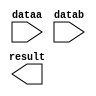
// megafunction wizard: %LPM_ADD_SUB%VBB%
// GENERATION: STANDARD
// VERSION: WM1.0
// MODULE: LPM_ADD_SUB 

// ============================================================
// Megafunction Name(s):
// 			LPM_ADD_SUB
//
// Simulation Library Files(s):
// 			lpm
// ============================================================
// ************************************************************
// THIS IS A WIZARD-GENERATED FILE. DO NOT EDIT THIS FILE!
//
// 13.1.0 Build 162 10/23/2013 SJ Full Version
// ************************************************************

//Copyright (C) 1991-2013 Altera Corporation
//Your use of Altera Corporation's design tools, logic functions 
//and other software and tools, and its AMPP partner logic 
//functions, and any output files from any of the foregoing 
//(including device programming or simulation files), and any 
//associated documentation or information are expressly subject 
//to the terms and conditions of the Altera Program License 
//Subscription Agreement, Altera MegaCore Function License 
//Agreement, or other applicable license agreement, including, 
//without limitation, that your use is for the sole purpose of 
//programming logic devices manufactured by Altera and sold by 
//Altera or its authorized distributors.  Please refer to the 
//applicable agreement for further details.

module sub_30 (
	dataa,
	datab,
	result);

	input	[29:0]  dataa;
	input	[29:0]  datab;
	output	[29:0]  result;

endmodule

// ============================================================
// CNX file retrieval info
// ============================================================
// Retrieval info: PRIVATE: CarryIn NUMERIC "0"
// Retrieval info: PRIVATE: CarryOut NUMERIC "0"
// Retrieval info: PRIVATE: ConstantA NUMERIC "0"
// Retrieval info: PRIVATE: ConstantB NUMERIC "0"
// Retrieval info: PRIVATE: Function NUMERIC "1"
// Retrieval info: PRIVATE: INTENDED_DEVICE_FAMILY STRING "Cyclone V"
// Retrieval info: PRIVATE: LPM_PIPELINE NUMERIC "0"
// Retrieval info: PRIVATE: Latency NUMERIC "0"
// Retrieval info: PRIVATE: Overflow NUMERIC "0"
// Retrieval info: PRIVATE: RadixA NUMERIC "10"
// Retrieval info: PRIVATE: RadixB NUMERIC "10"
// Retrieval info: PRIVATE: Representation NUMERIC "1"
// Retrieval info: PRIVATE: SYNTH_WRAPPER_GEN_POSTFIX STRING "0"
// Retrieval info: PRIVATE: ValidCtA NUMERIC "0"
// Retrieval info: PRIVATE: ValidCtB NUMERIC "0"
// Retrieval info: PRIVATE: WhichConstant NUMERIC "0"
// Retrieval info: PRIVATE: aclr NUMERIC "0"
// Retrieval info: PRIVATE: clken NUMERIC "0"
// Retrieval info: PRIVATE: nBit NUMERIC "30"
// Retrieval info: PRIVATE: new_diagram STRING "1"
// Retrieval info: LIBRARY: lpm lpm.lpm_components.all
// Retrieval info: CONSTANT: LPM_DIRECTION STRING "SUB"
// Retrieval info: CONSTANT: LPM_HINT STRING "ONE_INPUT_IS_CONSTANT=NO,CIN_USED=NO"
// Retrieval info: CONSTANT: LPM_REPRESENTATION STRING "UNSIGNED"
// Retrieval info: CONSTANT: LPM_TYPE STRING "LPM_ADD_SUB"
// Retrieval info: CONSTANT: LPM_WIDTH NUMERIC "30"
// Retrieval info: USED_PORT: dataa 0 0 30 0 INPUT NODEFVAL "dataa[29..0]"
// Retrieval info: USED_PORT: datab 0 0 30 0 INPUT NODEFVAL "datab[29..0]"
// Retrieval info: USED_PORT: result 0 0 30 0 OUTPUT NODEFVAL "result[29..0]"
// Retrieval info: CONNECT: @dataa 0 0 30 0 dataa 0 0 30 0
// Retrieval info: CONNECT: @datab 0 0 30 0 datab 0 0 30 0
// Retrieval info: CONNECT: result 0 0 30 0 @result 0 0 30 0
// Retrieval info: GEN_FILE: TYPE_NORMAL sub_30.v TRUE
// Retrieval info: GEN_FILE: TYPE_NORMAL sub_30.inc FALSE
// Retrieval info: GEN_FILE: TYPE_NORMAL sub_30.cmp FALSE
// Retrieval info: GEN_FILE: TYPE_NORMAL sub_30.bsf TRUE FALSE
// Retrieval info: GEN_FILE: TYPE_NORMAL sub_30_inst.v FALSE
// Retrieval info: GEN_FILE: TYPE_NORMAL sub_30_bb.v TRUE
// Retrieval info: LIB_FILE: lpm